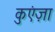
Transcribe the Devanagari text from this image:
कुएंज़ा